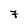
Character: 7